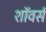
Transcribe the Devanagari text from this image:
शॉवर्स